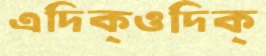
এদিক্‌ওদিক্‌